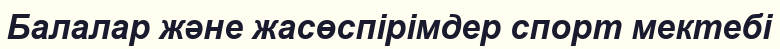
Балалар және жасөспірімдер спорт мектебі